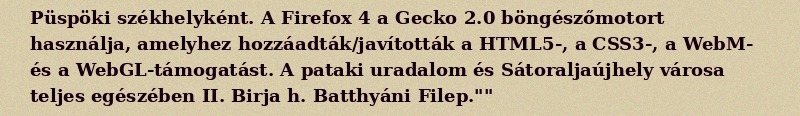
Püspöki székhelyként. A Firefox 4 a Gecko 2.0 böngészőmotort használja, amelyhez hozzáadták/javították a HTML5-, a CSS3-, a WebM- és a WebGL-támogatást. A pataki uradalom és Sátoraljaújhely városa teljes egészében II. Birja h. Batthyáni Filep.""